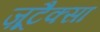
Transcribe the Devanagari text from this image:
ज़ूटैक्सा